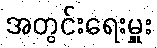
အတွင်းရေးမှူး